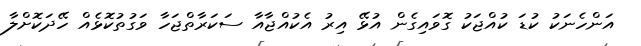
އަންހެނަކު ކުޑަ ކުއްޖަކު ގޮވައިގެން އުޅޭ އިރު އެކުއްޖާއާ ސަކަރާތްޖަހާ ވަގުތުކޮޅެއް ހޭދަކޮށްލާ